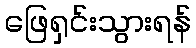
ဖြေရှင်းသွားရန်